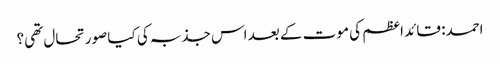
احمد: قائد اعظم کی موت کے بعد اس جذبہ کی کیا صورتحال تھی؟